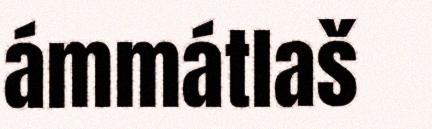
ámmátlaš